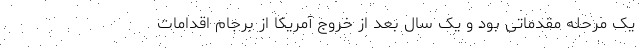
یک مرحله مقدماتی بود و یک سال بعد از خروج آمریکا از برجام اقدامات